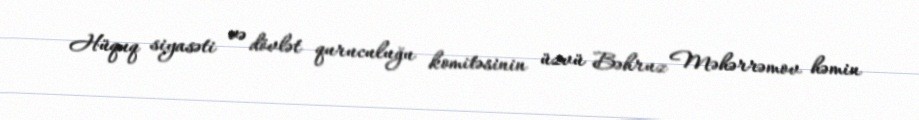
Hüquq siyasəti və dövlət quruculuğu komitəsinin üzvü Bəhruz Məhərrəmov həmin